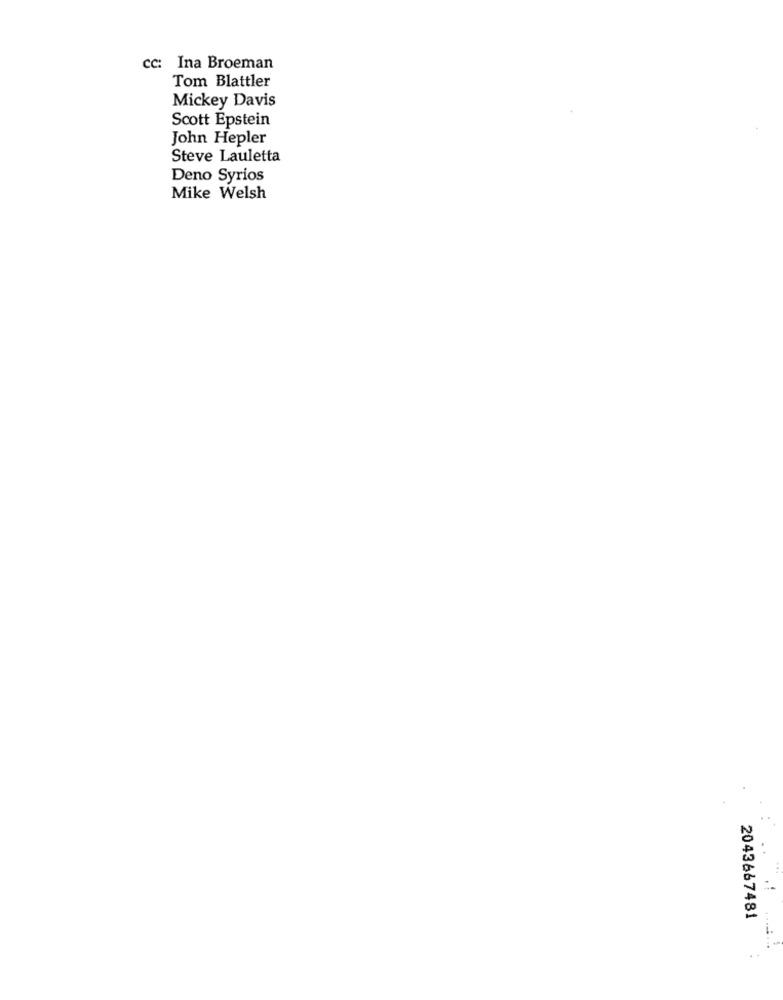
cc: Ina Broeman
Tom Blattler
Mickey Davis
Scott Epstein
John Hepler
Steve Lauletta
Deno Syrios
Mike Welsh
2043667481